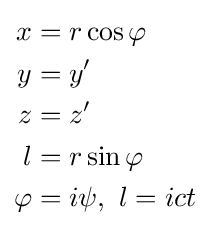
\scriptstyle {\begin{aligned}x&=r\cos \varphi \\y&=y'\\z&=z'\\l&=r\sin \varphi \\\varphi &=i\psi ,\ l=ict\end{aligned}}